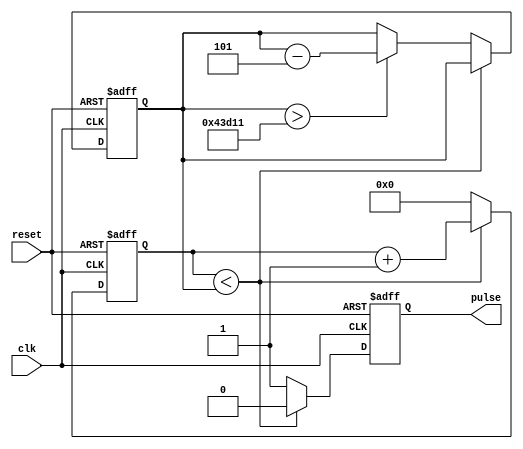
// This rate divider outputs a 10ns pulse at a rate that begins at 60Hz,
// slowly speeding up depedning on SPEED_UP_FACTOR, up to a maximum 
// MAX_SPEED_FACTOR times faster
module scalingRateDivider(
    // Inputs
    clk,
    reset,

    // Outputs
    pulse
);

    // Localparams
    localparam MAX_COUNTER_VAL  = 20'd833333;
    localparam SCALING_FACTOR   = 5;
    localparam MAX_SPEED_FACTOR = 3;

    // Inputs
    input clk;
    input reset;

    // Outputs
    output reg pulse     = 0;

    // Registers
    reg [19:0] count_reg = 0;
    reg [19:0] max_count = MAX_COUNTER_VAL;

    // Sequential Logic
    always @(posedge clk or posedge reset) begin
        if (reset) begin
            count_reg <= 0;
            max_count <= MAX_COUNTER_VAL;
            pulse <= 0;
        end 
        
        else begin
            pulse <= 0;

            if (count_reg < max_count) begin
                count_reg <= count_reg + 1;
            end 
            
            else begin
                count_reg <= 0;
                pulse <= 1;

                if (max_count > MAX_COUNTER_VAL / MAX_SPEED_FACTOR) begin
                    max_count <= max_count - SCALING_FACTOR;
                end 
            end
        end
    end

endmodule